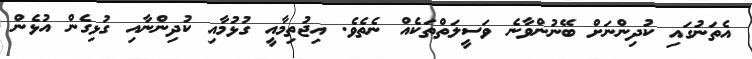
އެތަނުގައި ކުދިންނަށް ބޭނުންވާނެ ވަސީލަތްތަކެއް ނެތެވެ. އިޖުތިމާއީ ގުޅުމާއި ކުދިންނާއި ގުޅިގެން އުޅެން